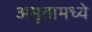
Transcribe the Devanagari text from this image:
अमृतामध्ये